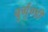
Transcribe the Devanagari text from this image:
बुर्गुण्डी